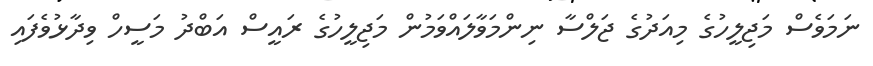
ނަމަވެސް މަޖިލީހުގެ މިއަދުގެ ޖަލްސާ ނިންމަވާލައްވަމުން މަޖިލީހުގެ ރައީސް އަބްދު މަސީހް ވިދާޅުވެފައި